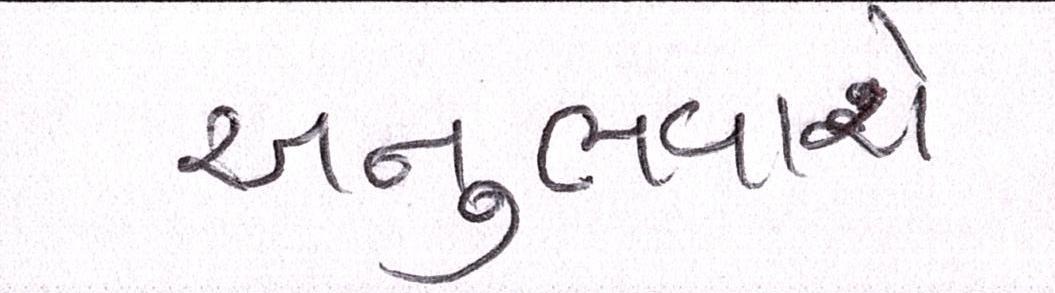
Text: અનુભવાશે